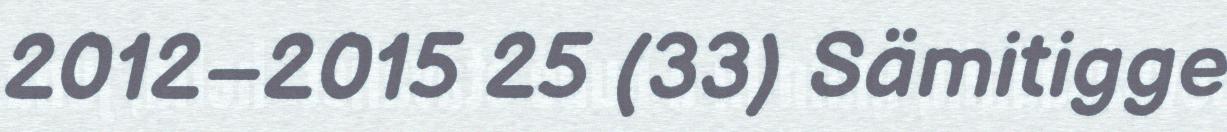
2012–2015 25 (33) Sämitigge